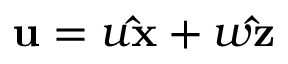
\mathbf { u } = u \mathbf { \hat { x } } + w \mathbf { \hat { z } }